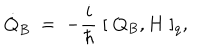
LaTeX: \dot { Q } _ { B } \; = \; - \frac { i } { \hbar } \; [ \; Q _ { B } , H \; ] _ { q } ,